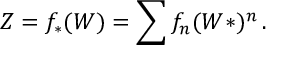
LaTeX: Z = f _ { \ast } ( W ) = \sum f _ { n } ( W \ast ) ^ { n } \, .